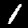
Label: 1